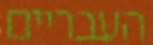
העבריים